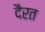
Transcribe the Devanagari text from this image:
दैरत